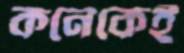
কনেকেই